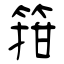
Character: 箝